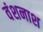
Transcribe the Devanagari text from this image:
वंशनाश